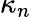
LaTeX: \kappa_{n}